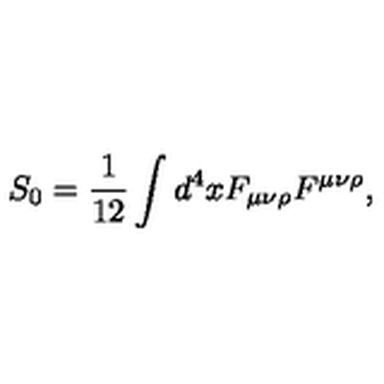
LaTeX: S _ { 0 } = { \frac { 1 } { 1 2 } } \int d ^ { 4 } x F _ { \mu \nu \rho } F ^ { \mu \nu \rho } ,